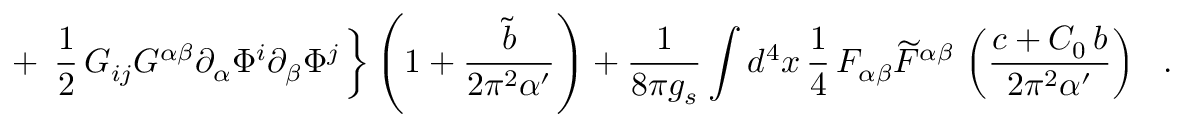
+ \, \left. \frac { 1 } { 2 } \, G _ { i j } G ^ { \alpha \beta } \partial _ { \alpha } \Phi ^ { i } \partial _ { \beta } \Phi ^ { j } \, \right\} \left( 1 + \frac { { \tilde { b } } } { 2 \pi ^ { 2 } \alpha ^ { \prime } } \right) + \frac { 1 } { 8 \pi g _ { s } } \int d ^ { 4 } x \, \frac { 1 } { 4 } \, F _ { \alpha \beta } { \widetilde { F } } ^ { \alpha \beta } \, \left( \frac { c + C _ { 0 } \, b } { 2 \pi ^ { 2 } \alpha ^ { \prime } } \right) ~ ~ .